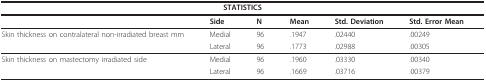
<table><thead><tr><td colspan="6"><b>STATISTICS</b></td></tr></thead><tbody><tr><td></td><td><b>Side</b></td><td><b>N</b></td><td><b>Mean</b></td><td><b>Std. Deviation</b></td><td><b>Std. Error Mean</b></td></tr><tr><td>Skin thickness on contralateral non-irradiated breast mm</td><td>Medial</td><td>96</td><td>.1947</td><td>.02440</td><td>.00249</td></tr><tr><td></td><td>Lateral</td><td>96</td><td>.1773</td><td>.02988</td><td>.00305</td></tr><tr><td>Skin thickness on mastectomy irradiated side</td><td>Medial</td><td>96</td><td>.1960</td><td>.03330</td><td>.00340</td></tr><tr><td></td><td>Lateral</td><td>96</td><td>.1669</td><td>.03716</td><td>.00379</td></tr></tbody></table>